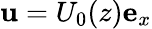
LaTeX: \mathbf{u}=U_{0}(z)\mathbf{e}_{x}